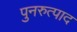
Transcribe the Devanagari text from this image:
पुनरुत्पाद